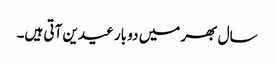
سال بھر میں دو بار عیدین آتی ہیں۔